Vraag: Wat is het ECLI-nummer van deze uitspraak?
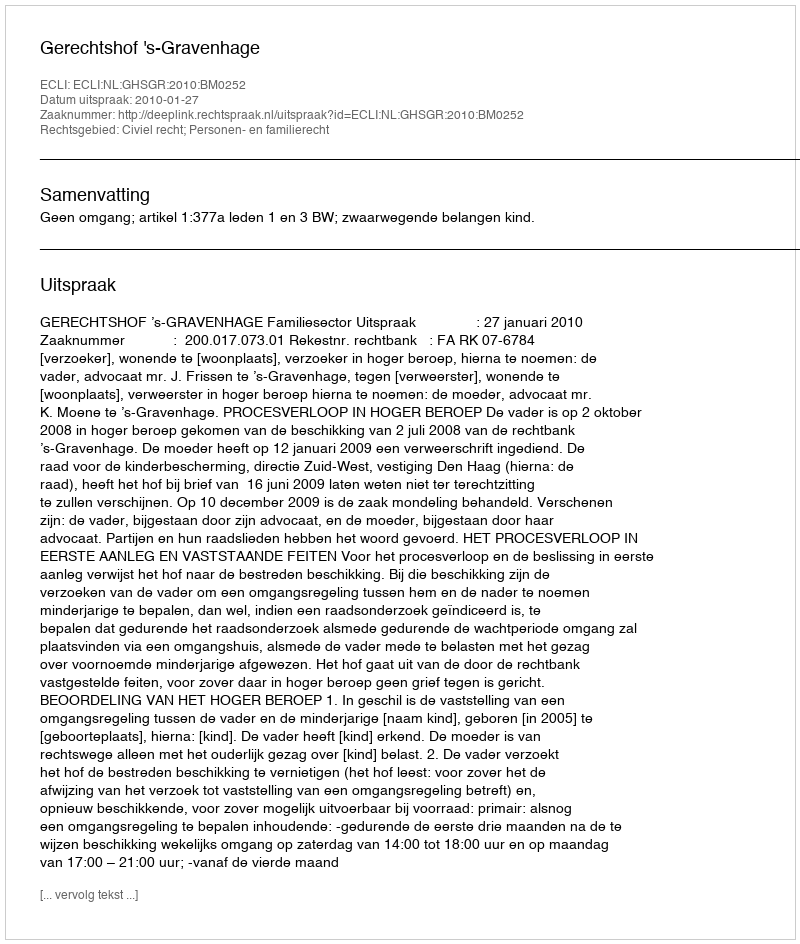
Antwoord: ECLI:NL:GHSGR:2010:BM0252